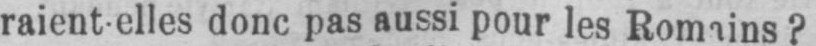
raient-elles donc pas aussi pour les Romains?